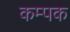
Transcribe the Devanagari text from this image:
कम्पक